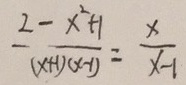
\frac { 2 - x ^ { 2 } + 1 } { ( x + 1 ) ( x + 1 ) } = \frac { x } { x - 1 }